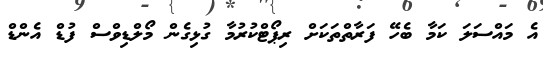
އެ މައްސަލަ ކަމާ ބެހޭ ފަރާތްތަކަށް ރިޕޯޓްކުރުމާ ގުޅިގެން މޯލްޑިވްސް ފުޑް އެންޑް